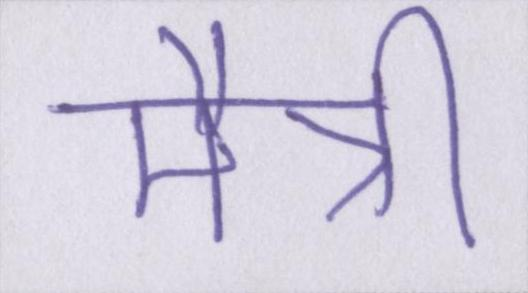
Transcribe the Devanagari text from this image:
मैत्री